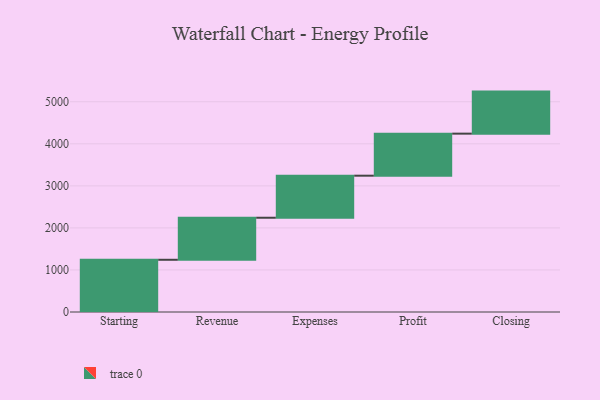
{"axis": {"x": "Step", "y": "Value"}, "legend": [""], "data": [{"x": "Starting", "y": 1242.0, "type": ""}, {"x": "Revenue", "y": 1000, "type": ""}, {"x": "Expenses", "y": 1000, "type": ""}, {"x": "Profit", "y": 1000, "type": ""}, {"x": "Closing", "y": 1000, "type": ""}]}